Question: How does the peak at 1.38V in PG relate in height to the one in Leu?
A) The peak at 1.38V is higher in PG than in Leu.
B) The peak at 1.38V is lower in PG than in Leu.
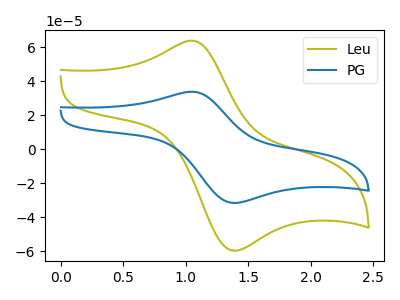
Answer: <think>The olive curve "Leu" has an anodic peak at (1.05V, 63.90uA) and a cathodic peak at (1.40V, -59.70uA). The blue curve "PG" has an anodic peak at (1.05V, 33.80uA) and a cathodic peak at (1.40V, -31.60uA).</think>
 <answer>B) The peak at 1.38V is lower in "PG" than in "Leu".</answer>
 <eval>B</eval>